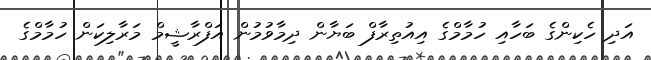
އަދި ހެކިންގެ ބަހާއި ހުމާމްގެ އިއުތިރާފް ބަޔާން ދިމާވުމުން އަފްރާޝީމް މަރާލިކަން ހުމާމްގެ